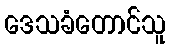
ဒေသခံတောင်သူ